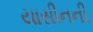
યાસીનની